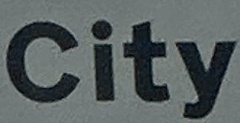
City